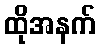
ထိုအနက်